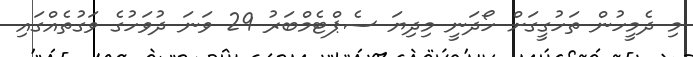
މި ދެމީހުން ތަހުގީގަށް ހޯދަނީ މިދިޔަ ސެޕްޓެމްބަރު 29 ވަނަ ދުވަހުގެ ވަގުތެއްގައި